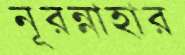
নূরন্নাহার